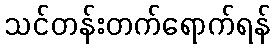
သင်တန်းတက်ရောက်ရန်